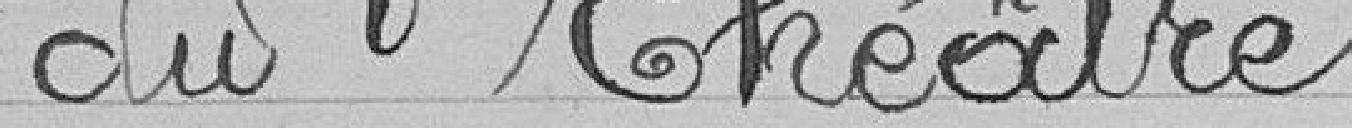
du théâtre